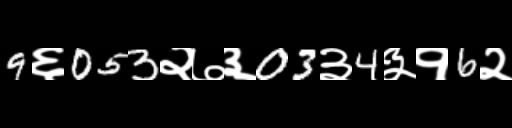
Text: 9६053२७३03३4३१6२